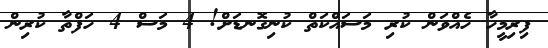
ފިރިމީހާ ހެއްވަން ކުރި މަސައްކަތް ކުނިގޮނޑަށް! 4 މަސް 4 ހަފްތާ ކުރިން